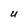
Character: U